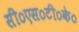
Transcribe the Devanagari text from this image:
सी०एस०टी०के०